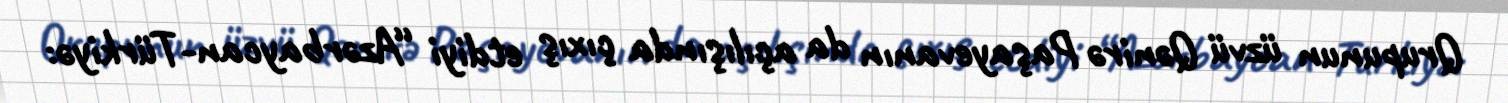
Qrupunun üzvü Qənirə Paşayevanın da açılışında çıxış etdiyi “Azərbaycan-Türkiyə: